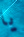
يا